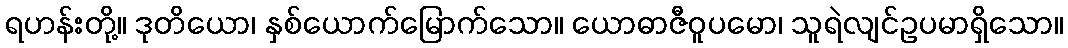
ရဟန်းတို့။ ဒုတိယော၊ နှစ်ယောက်မြောက်သော။ ယောဓာဇီဝူပမော၊ သူရဲလျင်ဥပမာရှိသော။